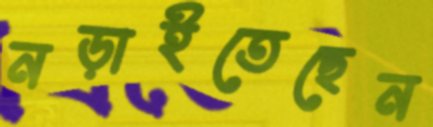
নড়াইতেছেন